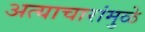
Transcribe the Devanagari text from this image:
अत्याचारांमुळे